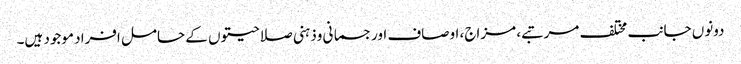
دونوں جانب مختلف مرتبے، مزاج، اوصاف اورجسمانی وذہنی صلاحیتوں کے حامل افراد موجود ہیں۔